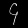
Digit: ၄